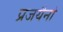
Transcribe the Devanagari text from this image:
प्रजयैनो